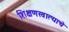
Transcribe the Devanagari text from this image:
शिक्षणखात्याचे